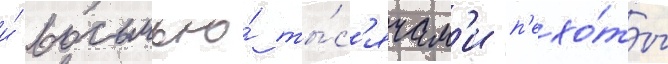
и́ восьмью́ ты́с'ячам'и п'ехо́ты